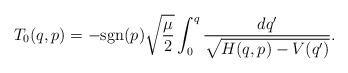
LaTeX: \begin{align*}T_{0}(q,p)=-\mbox{sgn}(p)\sqrt{\frac{\mu}{2}} \int_0^q \frac{dq'}{\sqrt{H(q,p)-V(q')}} . \end{align*}